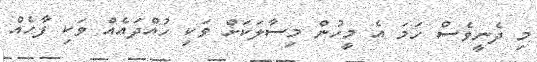
މި ދެނީވެސް ހަމަ އެ މީހުން މިސާލަކަށް ވަކި ހުއްދައެއް ވަކި ފާހެއް